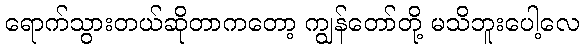
ရောက်သွားတယ်ဆိုတာကတော့ ကျွန်တော်တို့ မသိဘူးပေါ့လေ